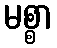
မစ္စာ